King Institute of Preventive Medicine Micro-Biological Section reports 1909-11
Year: 1909
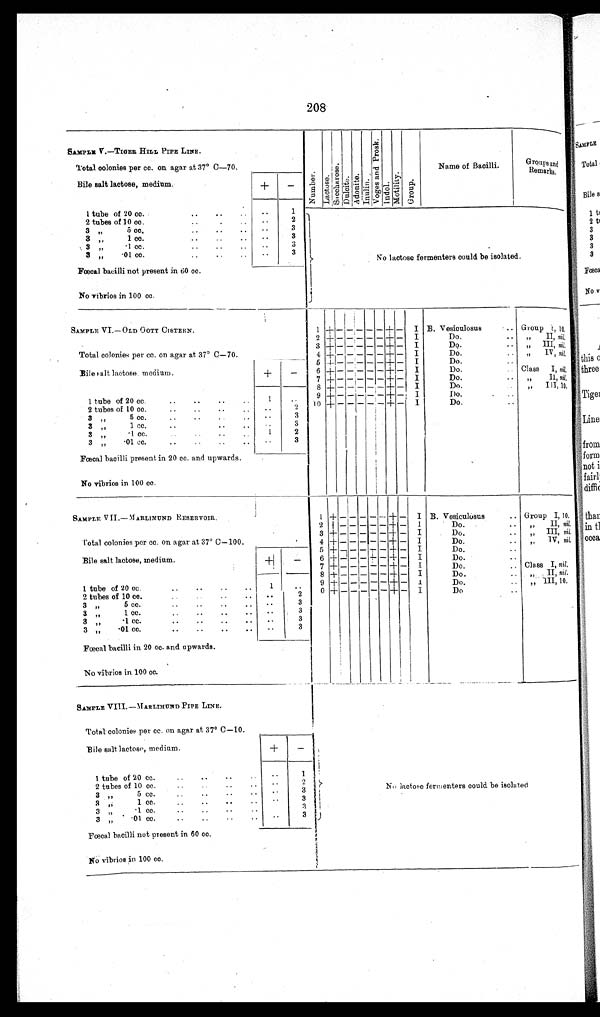
208
SAMPLI V.—TIGER HILL PIPE LINE .
Total colonies per cc. on agar at 37° C—70
N u m b e r . Laet ose
Ba o c h a r o s e
ul oi t e Adoni te
I nul i n
V o g e s a n d P r o s k .
I ndol .
Mo t i l i t y .
Group.
Name of Bacilli.
Groups and
Remarks.
Bile salt lactose, medium,
+
-
1 tube of 20 cc.
..
..
..
1
N o L a c t o s e f e r m e n t e r s c o u l d b e i s o l a t e d .
2 tubes of 10 cc.
..
.
2
3 "
5 cc.
..
..
..
3
3 "
I cc.
..
..
..
..
3
3 "
1 cc.
..
..
..
. .
3
3 "
.01 cc...
..
. .
3
Fœcal bacilli not present in 60 cc.
No vibrios in 100 cc.
SAMPLE VI.—OLD OOTY CISTERN.
Total colonies per cc. on agar at 37° C—70.
1
+
- - - - -
+
-
I B. Vesiculosus
.. Group I 10,
2 +- - - - - + - I
Do. . . 11 II, n i l .
3 + - - - - - + - I
Do. .. „ III, nil,
4 + - - - - - + - I
Do.
,, IV nil
5 + - - - - - + -
I
Do. ..
Bile halt lactose. medium.
+
— 6 + - - - - - + -
I
Do.
Class I, nil,
7 + - - - - - + -
I
Do. ..
„
Il, nil,
1 tube of 20 cc
1
8 + - - - - - + - I
Do.
" IlI, 10,
9 + - - - - - + -
I
Do .
I0 +
- - - - -
+
-
I
Do. ..
' .
. .
2 tubes of 10 cc.
:
:
..
..
2 .
3 ,,
5 cc.
3
3 „
1 cc.
..
3
3 77
. 1 cc.
..
..
..
2
3 „
.01 cc. .. ..
3
Fœcal bacilli present in 20 cc. and upwards.
No vibrios in 100 cc.
SAMPLE VII.— MARLIMUND RESERVOIR.
Total colonies per cc. on agar at 37° C—100.
1 +
- - - - - + -
I B. Vesiculosus
..
_
Group I,10.
2 + - - - - - + - I
Do.
II, nil.
3 + - - - - - + -
I
Do.. .
III, ni/,
4 + - - - - - + -
I
Do.
. .
IV, nil.
5 + - - - - - + -
I
Do.
Bile salt lactose, medium.
+
- 6 + - - - - - + - I
Do.
7 + - - - - - + -
I
Do.
.. Class I, nil,
8 + - - - - - + -
I
Do..
.
". II I nil,
1 tube of 20 cc.
..
..
..
1
9 + - - - - - + -
I
Do.
.. " III, 10.
10
+
- - - - -
+
-
I
Do
2 tubes of 10 cc.
..
..
2
3 11
5 co.
..
..
.. . .
3
3 "
1 cc.
3
3 77
.1. ec.
..
. . .. . .
. .
3
3 „
.01 cc.
..
. . .. . .
. .
3
Fœcal bacilli in 20 cc. and upwards.
No vibrios in 100 cc.
SAMPLE VIII. — MARLIMUND PIPE LINE.
Total colonies per cc. on agar at 37° C—10.
No Lactose fermenters could be isolated
Bile salt lactose, medium.
1 tube of 20 cc.
..
..
..
..
1
2 tubes of 10 cc.
. . . .
..
2
3 " 5 cc.
- .
3
3 ,,
1 cc.
..
..
..
.. . .
3
3 „
.1 cc.
3
3 „
.01 cc. .. .. ..
..
3
Faecal bacilli not present in 60 cc.
No vibrios in 100 cc.